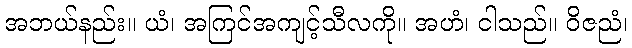
အဘယ်နည်း။ ယံ၊ အကြင်အကျင့်သီလကို။ အဟံ၊ ငါသည်။ ဝိဇညံ၊